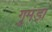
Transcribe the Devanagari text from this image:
गुमड़ा